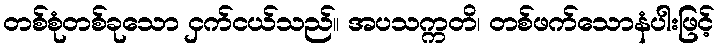
တစ်စုံတစ်ခုသော ငှက်ငယ်သည်။ အပသက္ကတိ၊ တစ်ဖက်သောနံပါးဖြင့်